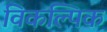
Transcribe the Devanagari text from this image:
विकल्पिक